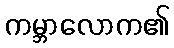
ကမ္ဘာလောက၏